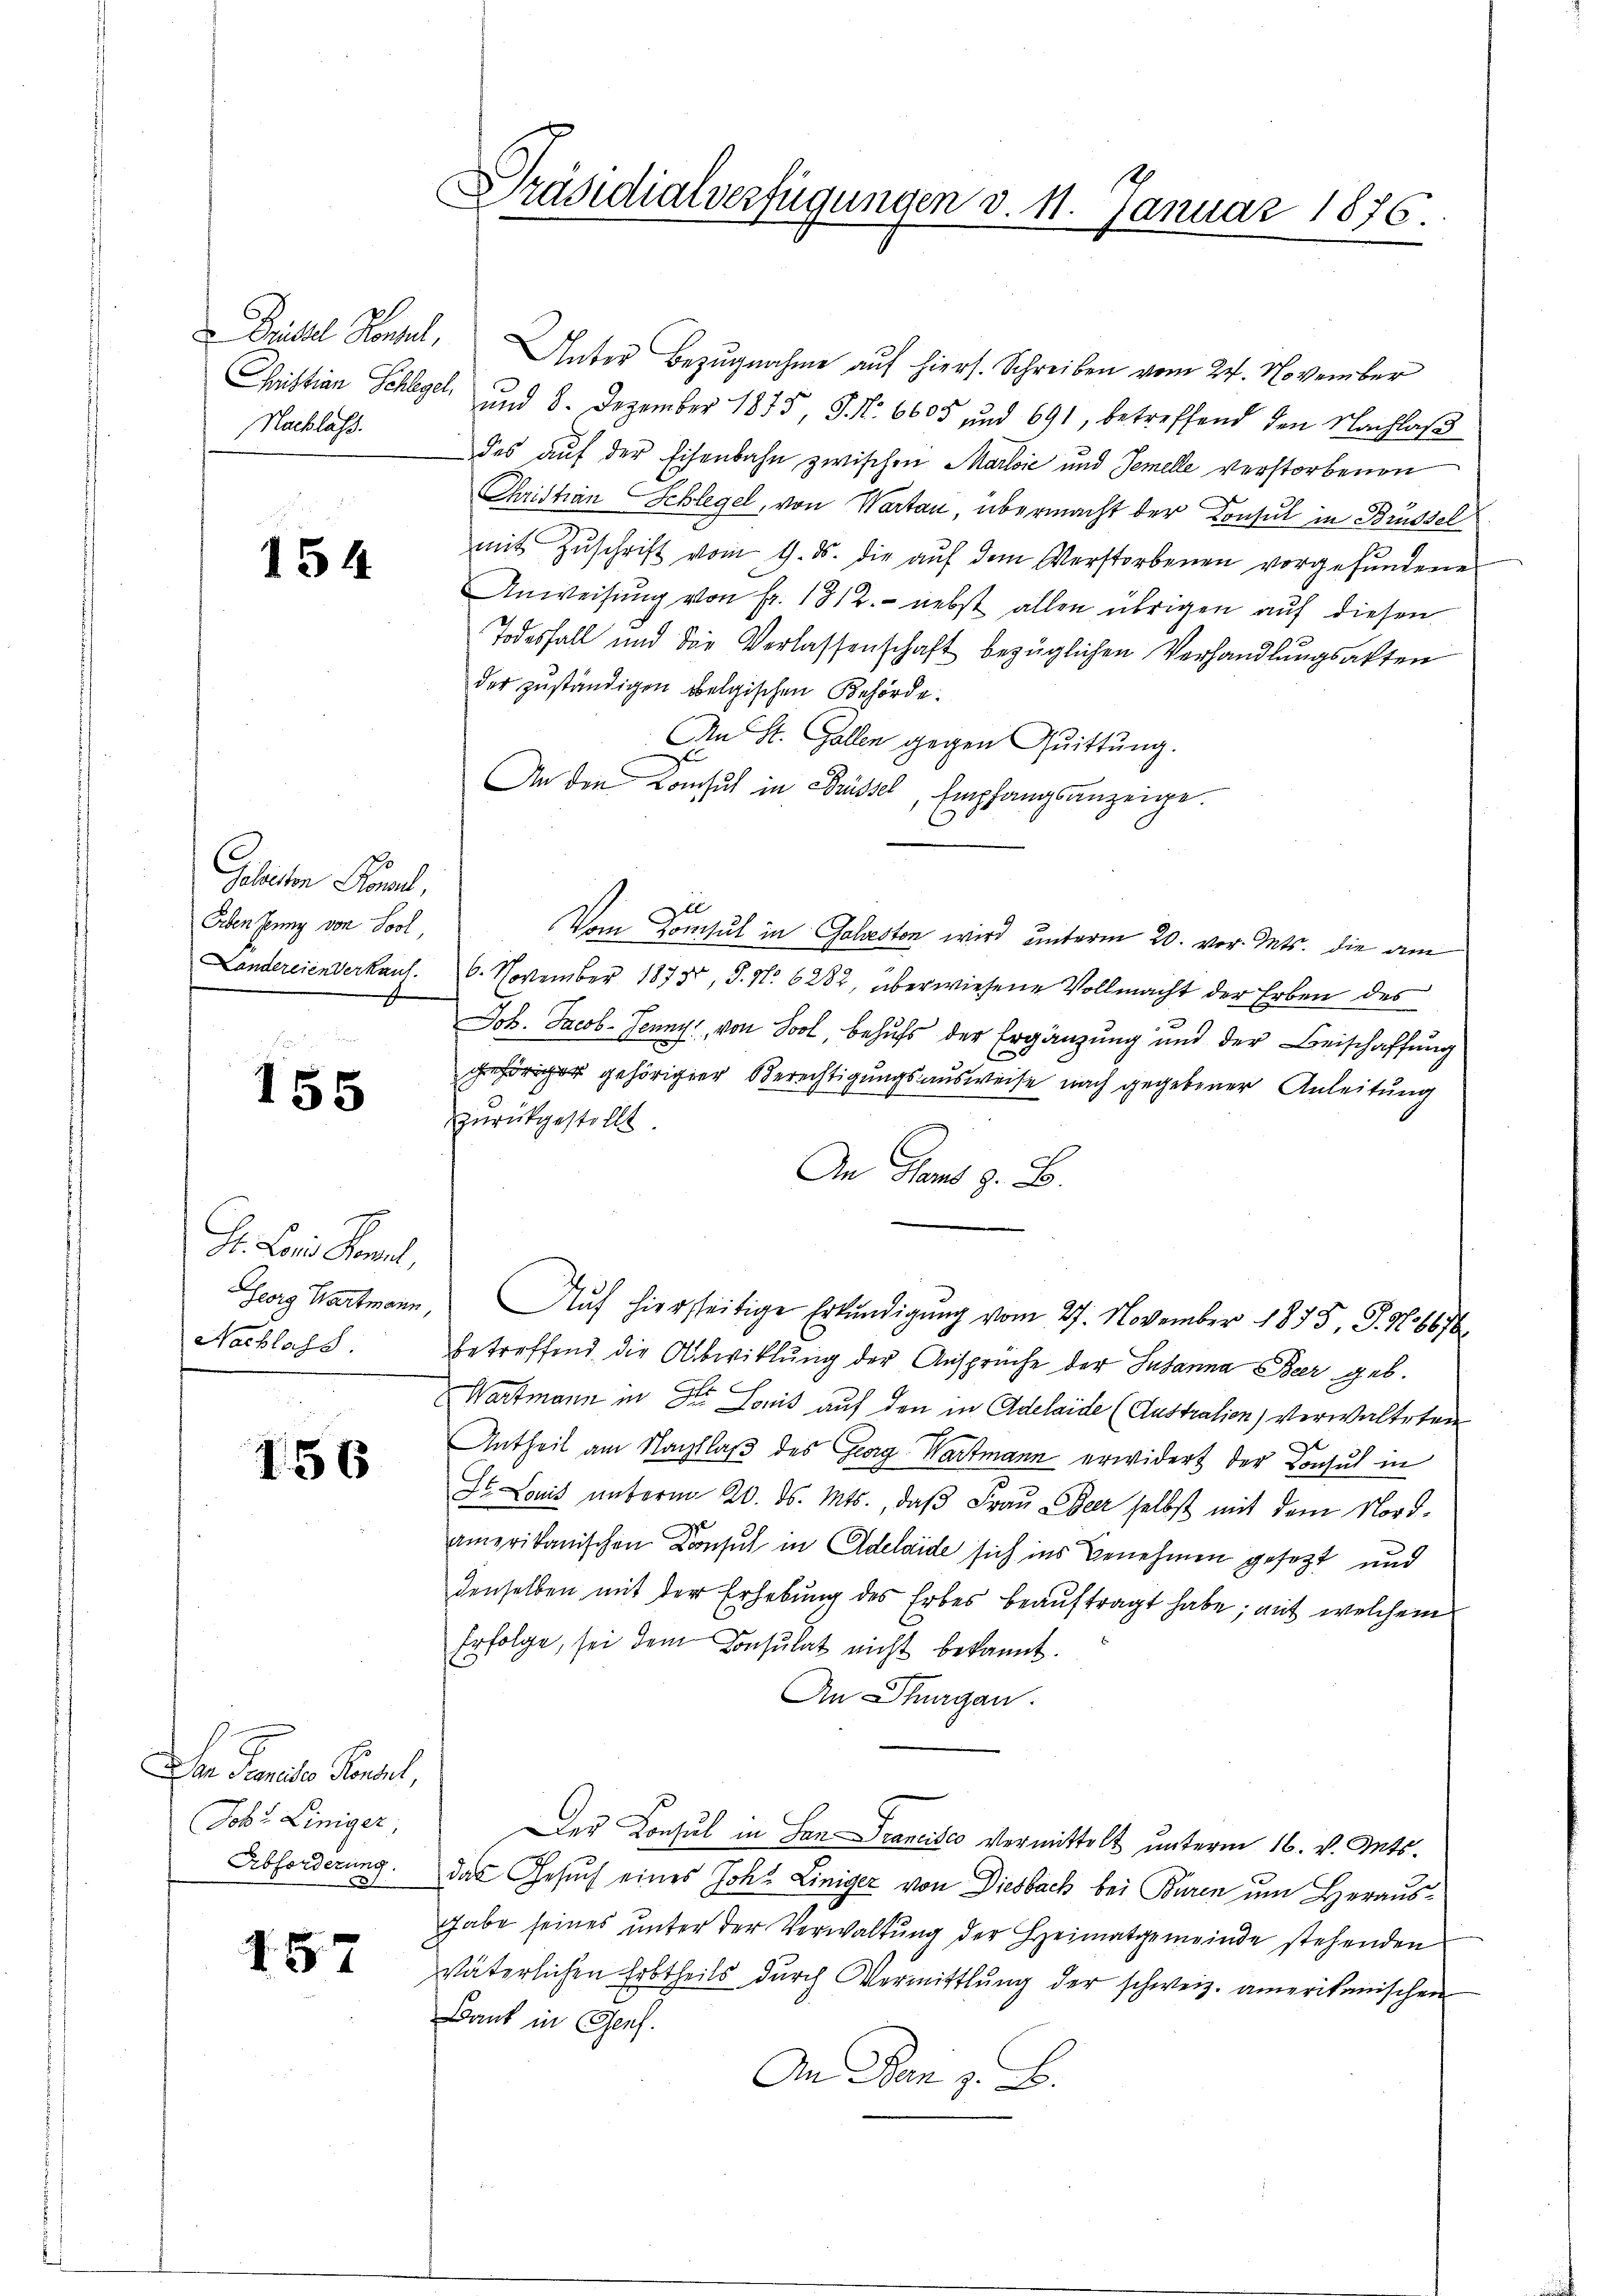
Nachlass.

154

Geleiten Bone,
Erben Jenny von Sool
Landereienverkauf

155

Hr. Lois Paul,
Georg Hartmann,
Nachlass

156

Dn Prenitor Pinsel,
Job. Liniger,
Abforderung.

157

Präsidialverfügungen d. 11. Januar 1876.

Drüssel Konzel, Unter Bezugnahme auf hiers. Schreiben vom 24. November
Christian Schlegel, und 8. Dezember 1875 J. No 6605 und 691, betreffend den Nachlaß
des auf der Eisenbahn zwischen Marloić und Temelle verstorbenen
Christian Schlegel, von Wartau, übermacht der Konsul in Brüssel
mit Zuschrift vom 9. ds. die auf dem Verstorbenen vorgefundenes
Anweisung von Fr. 1312.- nebst allen übrigen auf diesen
Todesfall und die Verlassenschaft bezüglichen Verhandlungsakten
der zuständigen belgischen Behörde.
An St. Galle gegen Quittung.
An den Konsul in Brüssel, Empfangsanzeige.
Vom Consul in Goldeston wird unterm 20. vor. Mts. die am
6. November 1873, S. No 6282, überwiesene Vollmacht der Erben des
Joh. Jacob Jenny, von Sool, behufs der Ergänzung und der Beischaffung
gehöriger gehöriger Berechtigungsausweise nach gegebener Anleitung
zurückgestellt
An Hand z. B.
Auf hierseitige Erkundigung vom 27. November 1875. J. No 6676
betreffend die Abwicklung der Ansprüche der Susanna Beer geb.
Wartmann in Dr Louis auf den in Adelaide (Austration) Verwalteten
Antheil am Nachlaß des Georg Wartmann erwidert der Consul in
Dr. Louis unterm 20. ds. Mts., daß Frau Beer selbst mit dem Nordamerikanischen Konsul in Adelaide sich ins Benehmen gesezt und
denselben mit der Erhebung des Erbes beauftragt habe; mit welchem
Erfolge, sei dem Consulat nicht bekannt.
An Thurgau.
Der Konsul in San Francisco vermittelt unterm 16. v. Mts.
das Gesuch eines Joh. Liniger von Diesbach bei Buren um Herausgabe seines unter der Verwaltung der Heimatgemeinde stehenden
väterlichen Erbtheils durch Vermittlung der schweiz. amerikanischen
Dank in Genf.
An Den z. B.